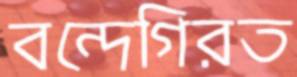
বন্দেগিরত